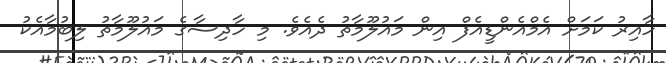
ހާއިރު ކަމަށް އެމްއެންޑީއެފް އިން މައުލޫމާތު ދެއެވެ. މި ހާދިސާގެ މައުލޫމާތު ލިބުމާއެކު